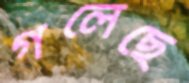
গলেছে